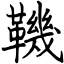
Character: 鞿